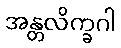
အန္တလိက္ခဂါ